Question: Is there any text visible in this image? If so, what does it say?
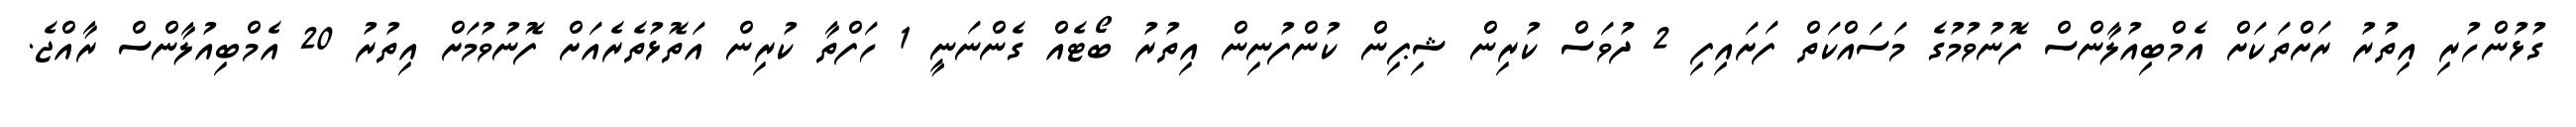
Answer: ގުޅުންހުރި އިތުރު ރަށްތަކަށް އެމްބިއުލާންސް ފޮނުވުމުގެ މަސައްކަތް ފަށައިފި 2 ދުވަސް ކުރިން ޝިޕިން ކުންފުނިން އިތުރު ބޯޓެއް ގެންނަނީ 1 ހަފްތާ ކުރިން އަތޮޅުތެރެއަށް ފޮނުވުމަށް އިތުރު 20 އެމްބިއުލާންސް ރާއްޖެ.